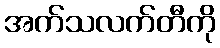
အက်သလက်တီကို